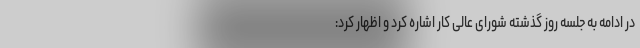
در ادامه به جلسه روز گذشته شورای عالی کار اشاره کرد و اظهار کرد: